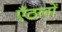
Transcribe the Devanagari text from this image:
एँठलों